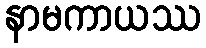
နာမကာယဿ